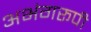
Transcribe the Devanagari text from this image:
अभंगरूपी